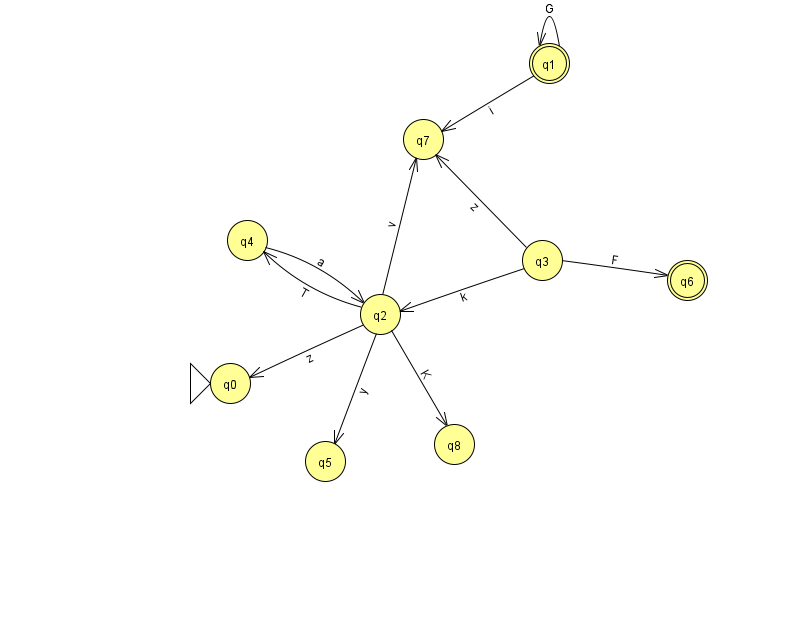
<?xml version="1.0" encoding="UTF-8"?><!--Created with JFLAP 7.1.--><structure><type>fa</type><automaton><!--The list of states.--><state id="0" name="q0"><x>230.0</x><y>370.0</y><initial/></state><state id="1" name="q1"><x>549.0</x><y>50.0</y><final/></state><state id="2" name="q2"><x>380.0</x><y>301.0</y></state><state id="3" name="q3"><x>542.0</x><y>247.0</y></state><state id="4" name="q4"><x>247.0</x><y>227.0</y></state><state id="5" name="q5"><x>325.0</x><y>448.0</y></state><state id="6" name="q6"><x>687.0</x><y>267.0</y><final/></state><state id="7" name="q7"><x>423.0</x><y>126.0</y></state><state id="8" name="q8"><x>454.0</x><y>431.0</y></state><!--The list of transitions.--><transition><from>2</from><to>4</to><read>T</read></transition><transition><from>1</from><to>1</to><read>G</read></transition><transition><from>3</from><to>6</to><read>F</read></transition><transition><from>3</from><to>7</to><read>z</read></transition><transition><from>4</from><to>2</to><read>a</read></transition><transition><from>2</from><to>5</to><read>y</read></transition><transition><from>1</from><to>7</to><read>i</read></transition><transition><from>2</from><to>7</to><read>v</read></transition><transition><from>3</from><to>2</to><read>k</read></transition><transition><from>2</from><to>0</to><read>z</read></transition><transition><from>2</from><to>8</to><read>K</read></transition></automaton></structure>